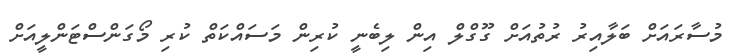
މުސާރައަށް ބަލާއިރު ރުތުއަށް ގޫގްލް އިން ލިބެނީ ކުރިން މަސައްކަތް ކުރި މޯގަންސްޓަންލީއަށް